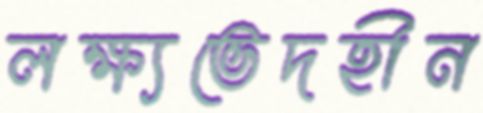
লক্ষ্যভেদহীন